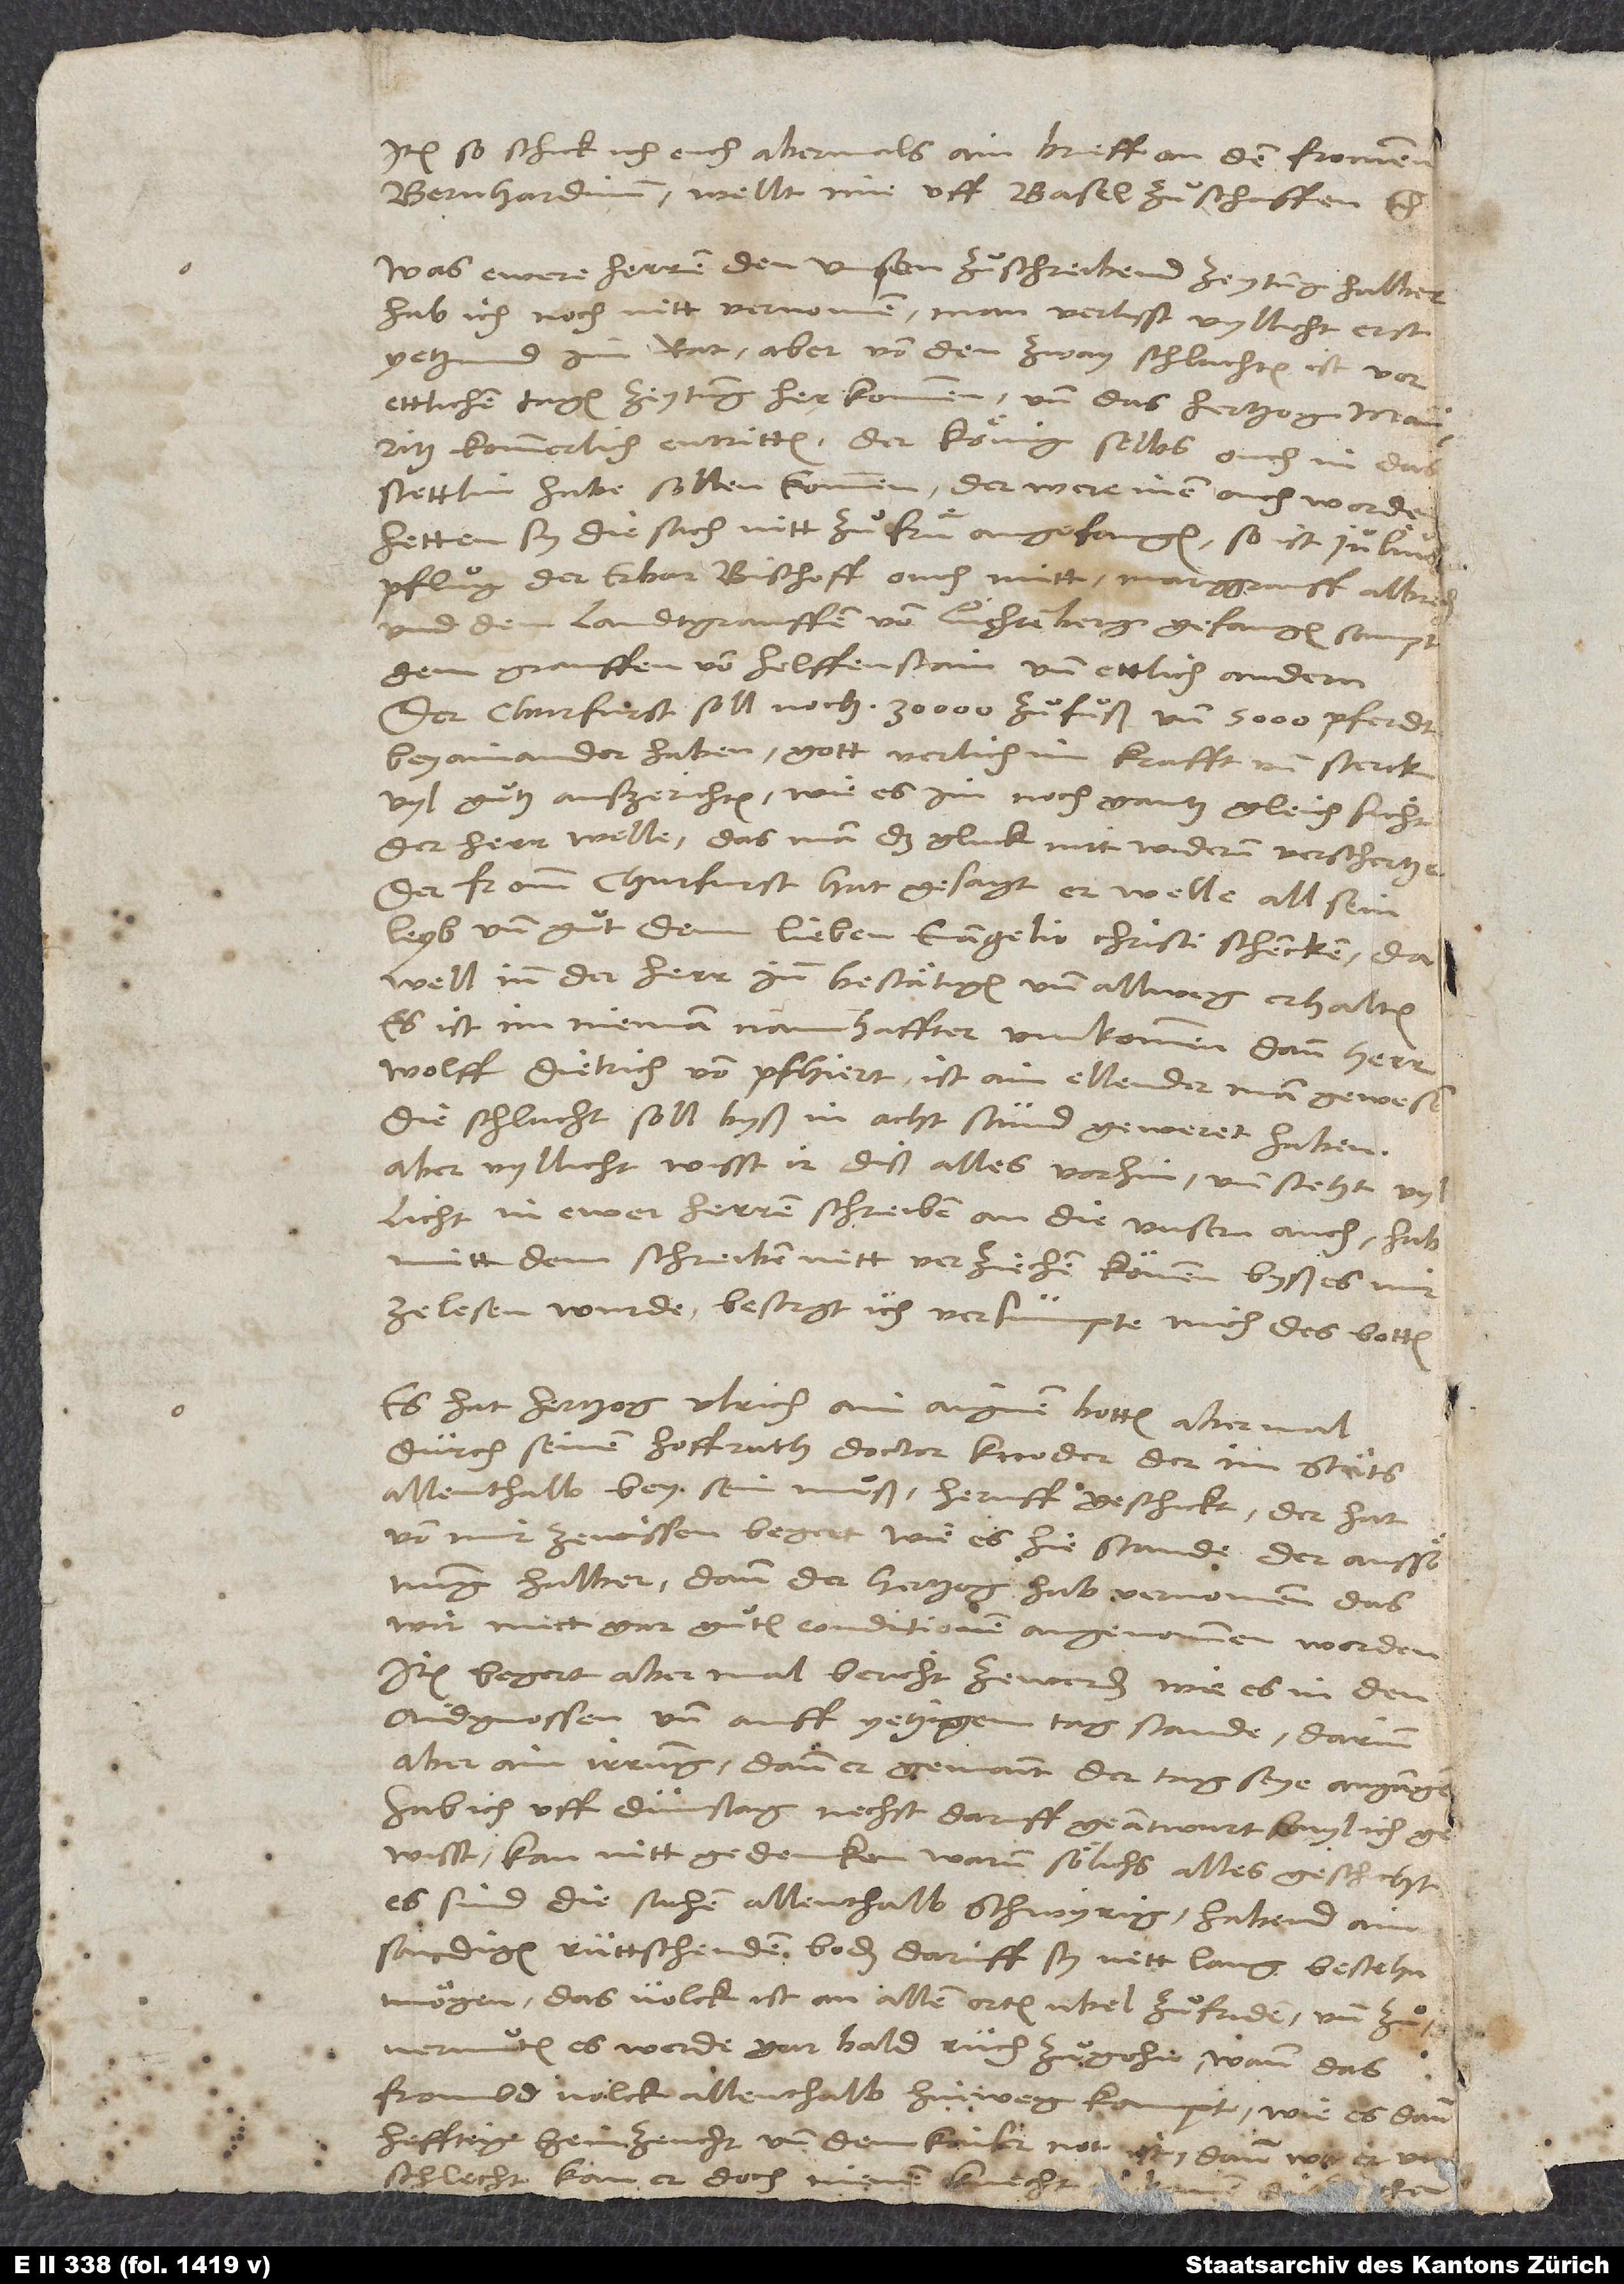
Item so schick ich euch abermals ain brieff an den frommen
Bernhardinum. Wellt ime uff Basel zuͦschaffen.
Was ewere herren den unsern zuͦschreibend zeytung halb,
hab ich noch nitt vernomen. Man verlisst vyllicht erst
yetzund im rat. Aber von den zway schlachten ist vor
ettlichen tagen zeytung herkommen, und das hertzog Malicht
in ewer herren schreiben an die unsern auch. Hab
mitt dem schreiben nitt verziechen koͤnnen, byß es mir
ze lesen wurde. Besorgt, ich versumpte mich des botten.
Es hat hertzog Ulrich ain aignen botten abermal
durch seinen hoffrath, doctor Knoder, der im staͤts
allenthalb beysein muͦß, heruff geschickt. Der hat
von mir ze wissen begert, wie es hie stande der ausswisst.
Kan nitt gedencken, warum soͤlichs alles geschicht.
Es sind die sachen allenthalb schwyrig. Habend ain
sandigen, ruttschenden boden, daruff sy nett lang bestehn
moͤgen. Das volck ist an allen orten ubel zuͦ friden, und zuͦ
vermuͦten, es werde gar bald ruch zuͦgohn, wann das
frombd volck allenthalb hinweg kompt, wie es dann
hefftig heimzeucht und dem kaiser not ist. Dann wa er uchen